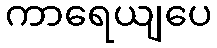
ကာရေယျပေ